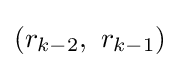
(r_{k-2},\ r_{k-1})